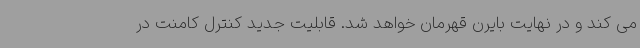
می کند و در نهایت بایرن قهرمان خواهد شد. قابلیت جدید کنترل کامنت در